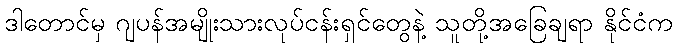
ဒါတောင်မှ ဂျပန်အမျိုးသားလုပ်ငန်းရှင်တွေနဲ့ သူတို့အခြေချရာ နိုင်ငံက